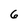
Character: 6